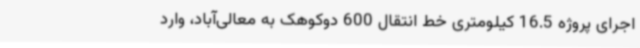
اجرای پروژه 16.5 کیلومتری خط انتقال 600 دوکوهک به معالی‌آباد، وارد